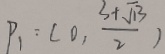
P _ { 1 } : ( 0 , \frac { 3 + \sqrt { 1 3 } } { 2 } )